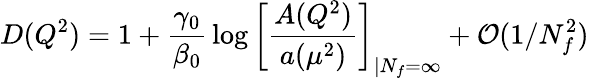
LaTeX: D(Q^{2})=1+{\frac{\gamma_{0}}{\beta_{0}}}\log\left[{\frac{A(Q^{2})}{a(\mu^{2})}}\right]_{\vert{N_{f}=\infty}}+{\cal O}(1/N_{f}^{2})